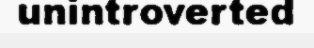
unintroverted